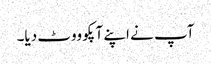
آپ نے اپنے آپکو ووٹ دیا۔